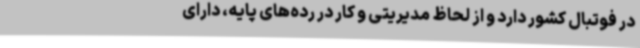
در فوتبال کشور دارد و از لحاظ مدیریتی و کار در رده‌های پایه، دارای